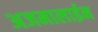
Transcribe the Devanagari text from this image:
अजमालाईन